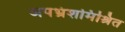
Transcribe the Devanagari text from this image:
अपभ्रंशमिश्रित